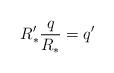
LaTeX: \begin{align*}R_*'\frac{q}{R_*}=q'\end{align*}